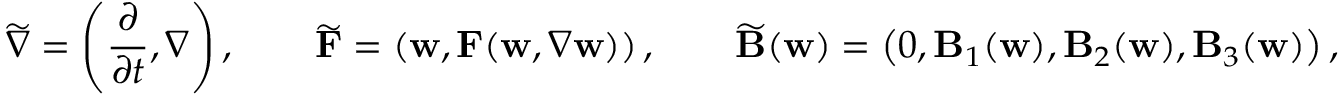
\widetilde { \nabla } = \left( \frac { \partial } { \partial t } , \nabla \right) , \qquad \widetilde { \mathbf { F } } = \left( \mathbf { w } , \mathbf { F } ( \mathbf { w } , \nabla \mathbf { w } ) \right) , \qquad \widetilde { \mathbf { B } } ( \mathbf { w } ) = \left( 0 , \mathbf { B } _ { 1 } ( \mathbf { w } ) , \mathbf { B } _ { 2 } ( \mathbf { w } ) , \mathbf { B } _ { 3 } ( \mathbf { w } ) \right) ,